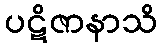
ပဋိဇာနာသိ